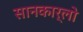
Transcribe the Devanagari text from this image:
सानकार्लो